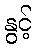
နွင့်